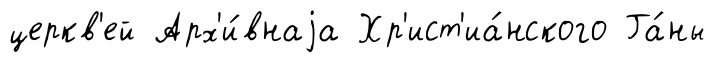
церкв'ей Арх'и́внаjа Хр'ист'иа́нского Га́ны